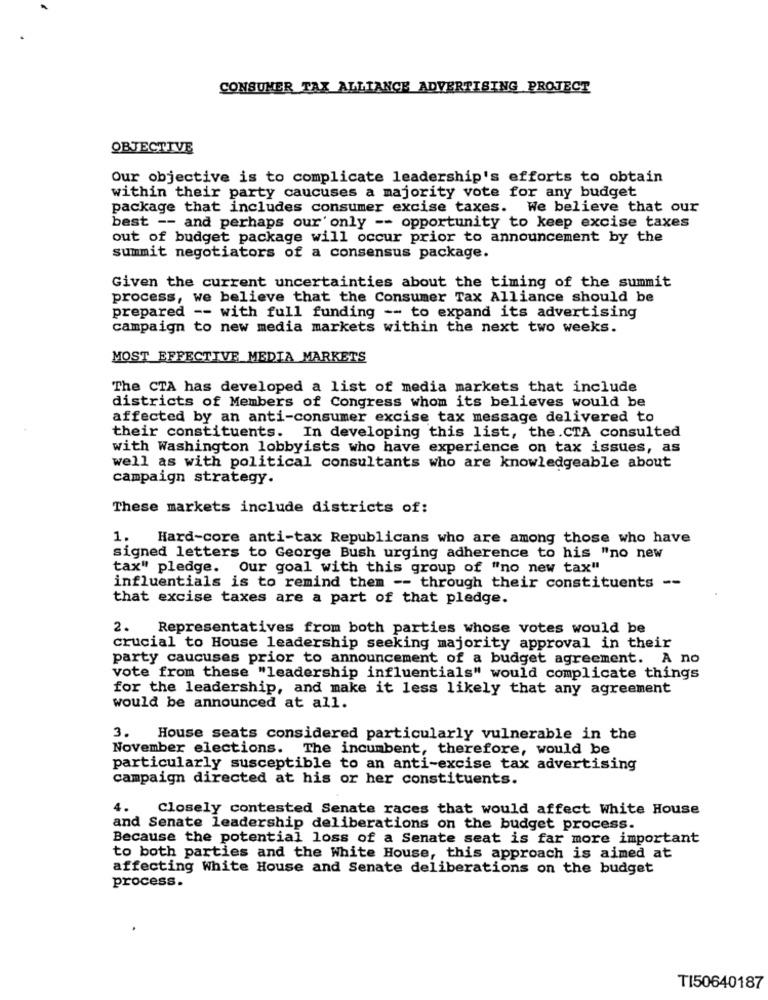
CONSUMER TAX ALLIANCE ADVERTISING PROJECT
OBJECTIVE
Our objective is to complicate leadership's efforts to obtain
within their party caucuses a majority vote for any budget
package that includes consumer excise taxes. We believe that our
best -- and perhaps our' only -- opportunity to keep excise taxes
out of budget package will occur prior to announcement by the
summit negotiators of a consensus package.
Given the current uncertainties about the timing of the summit
process, we believe that the Consumer Tax Alliance should be
prepared -- with full funding -- to expand its advertising
campaign to new media markets within the next two weeks.
MOST EFFECTIVE MEDIA MARKETS
The CTA has developed a list of media markets that include
districts of Members of Congress whom its believes would be
affected by an anti-consumer excise tax message delivered to
their constituents. In developing this list, the.CTA consulted
with Washington lobbyists who have experience on tax issues, as
well as with political consultants who are knowledgeable about
campaign strategy.
These markets include districts of:
1.
Hard-core anti-tax Republicans who are among those who have
signed letters to George Bush urging adherence to his "no new
tax" pledge. Our goal with this group of "no new tax"
influentials is to remind them -- through their constituents --
that excise taxes are a part of that pledge.
2. Representatives from both parties whose votes would be
crucial to House leadership seeking majority approval in their
party caucuses prior to announcement of a budget agreement. A no
vote from these "leadership influentials" would complicate things
for the leadership, and make it less likely that any agreement
would be announced at all.
3. House seats considered particularly vulnerable in the
November elections. The incumbent, therefore, would be
particularly susceptible to an anti-excise tax advertising
campaign directed at his or her constituents.
4.
Closely contested Senate races that would affect white House
and Senate leadership deliberations on the budget process.
Because the potential loss of a Senate seat is far more important
to both parties and the White House, this approach is aimed at
affecting White House and Senate deliberations on the budget
process.
TI50640187